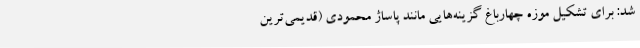
شد: برای تشکیل موزه چهارباغ گزینه‌هایی مانند پاساژ محمودی (قدیمی‌ترین